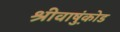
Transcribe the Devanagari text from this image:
श्रीवाष़ुंकोड